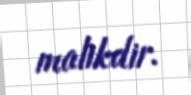
malikdir.